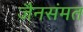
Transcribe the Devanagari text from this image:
जैनसंमत